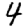
Digit: 4